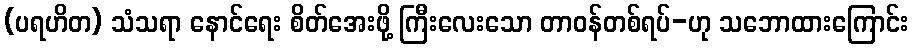
(ပရဟိတ) သံသရာ နောင်ရေး စိတ်အေးဖို့ ကြီးလေးသော တာဝန်တစ်ရပ်-ဟု သဘောထားကြောင်း